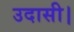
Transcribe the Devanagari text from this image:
उदासी।